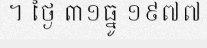
។ ថ្ងៃ ៣១ធ្នូ ១៩៧៧